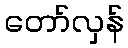
တော်လှန်